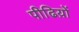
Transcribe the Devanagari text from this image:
पीढिय़ों